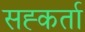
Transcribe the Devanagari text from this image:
सह्कर्ता